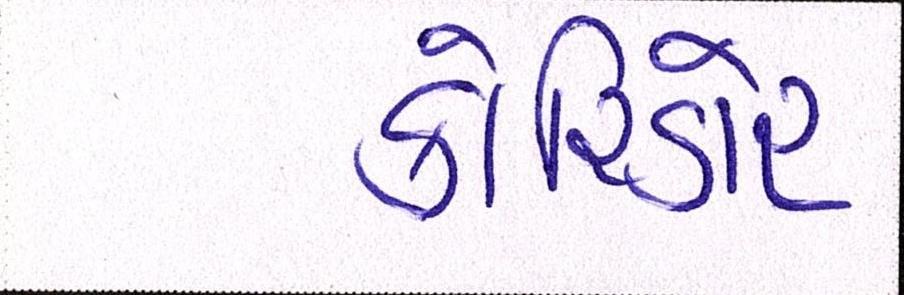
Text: કોરિડોર